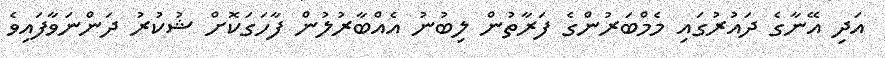
އަދި އޭނާގެ ދައުރުގައި މެމްބަރުންގެ ފަރާތުން ލިބުނު އެއްބާރުލުން ފާހަގަކޮށް ޝުކުރު ދަންނަވާފައިވެ